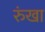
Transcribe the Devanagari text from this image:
रुंखा